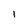
Character: l